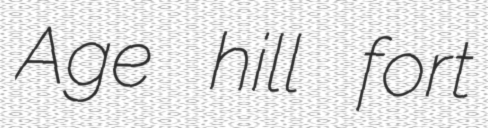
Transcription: Age hill fort